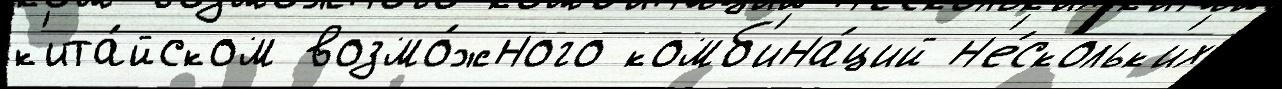
к'ита́йском возмо́жного комб'ина́ций н'е́скольк'их